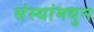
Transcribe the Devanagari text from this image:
संस्थांमधुन